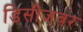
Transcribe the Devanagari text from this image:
डिसीजवर